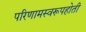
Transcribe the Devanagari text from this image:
परिणामस्वरूपहोती